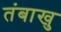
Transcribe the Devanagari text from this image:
तंबाखु